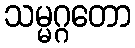
သမ္မဂ္ဂတော